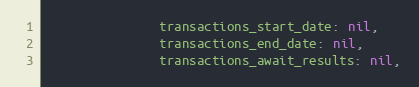
Language: Ruby
               transactions_start_date: nil,
               transactions_end_date: nil,
               transactions_await_results: nil,